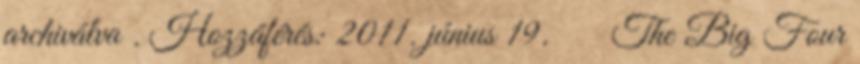
archiválva . Hozzáférés: 2011. június 19. ↑ The Big Four